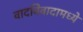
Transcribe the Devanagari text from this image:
वादविवादामध्ये